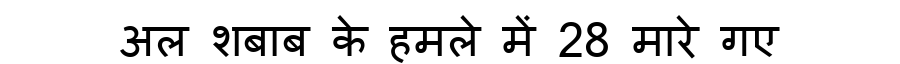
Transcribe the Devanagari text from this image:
अल शबाब के हमले में 28 मारे गए